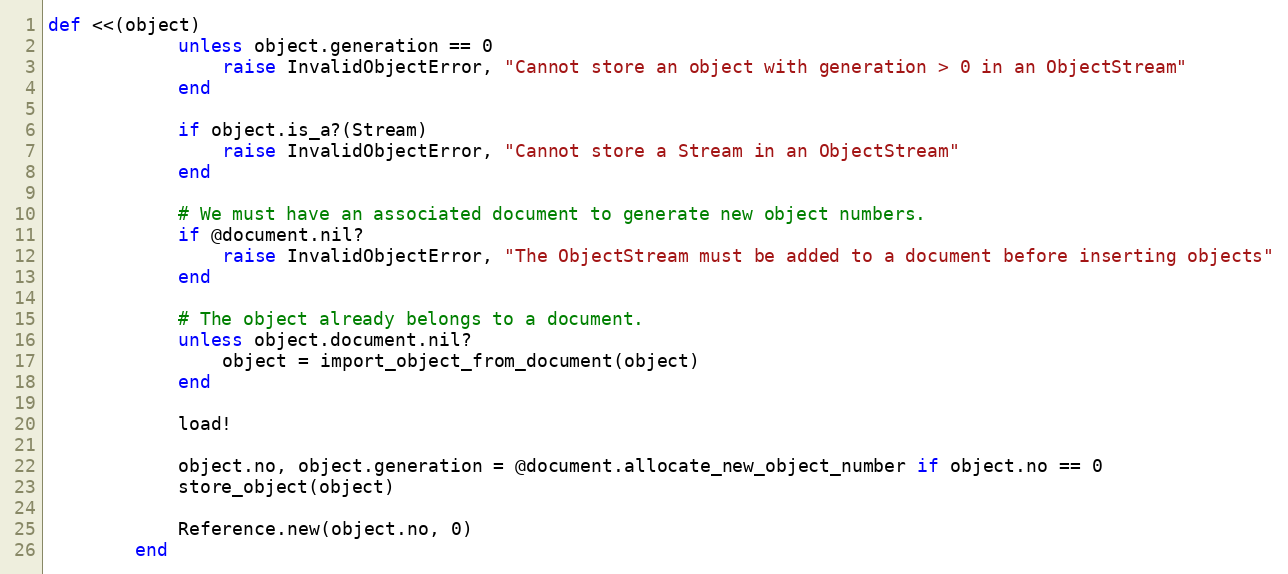
Language: Ruby
def <<(object)
            unless object.generation == 0
                raise InvalidObjectError, "Cannot store an object with generation > 0 in an ObjectStream"
            end

            if object.is_a?(Stream)
                raise InvalidObjectError, "Cannot store a Stream in an ObjectStream"
            end

            # We must have an associated document to generate new object numbers.
            if @document.nil?
                raise InvalidObjectError, "The ObjectStream must be added to a document before inserting objects"
            end

            # The object already belongs to a document.
            unless object.document.nil?
                object = import_object_from_document(object)
            end

            load!

            object.no, object.generation = @document.allocate_new_object_number if object.no == 0
            store_object(object)

            Reference.new(object.no, 0)
        end